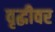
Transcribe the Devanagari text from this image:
वृद्धीवर